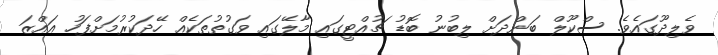
ވެލިދޫގައެެވެ. ސްކޫލް ބަންދަށް ލިބުނު ބޮޑު ޗުއްޓީގައި މާލޭގައި ވަގުތުތަކެއް ހޭދަކުރުމަށްފަހު އައްޒަ